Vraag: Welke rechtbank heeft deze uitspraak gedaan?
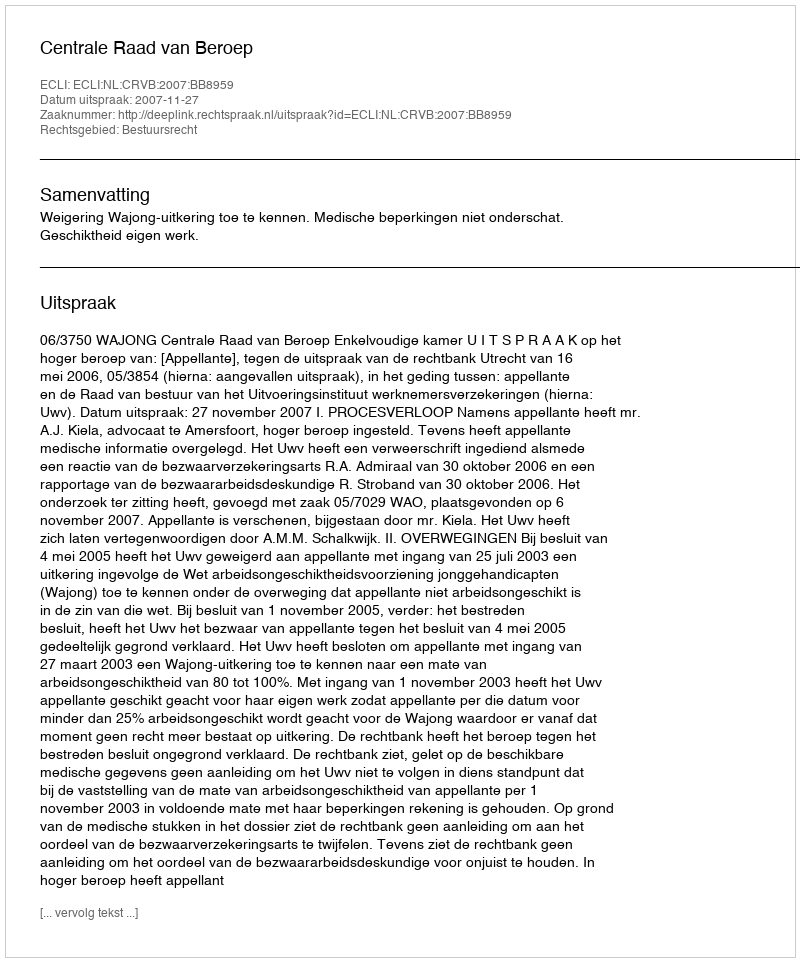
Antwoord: Centrale Raad van Beroep